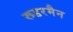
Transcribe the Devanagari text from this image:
रूडरमैन